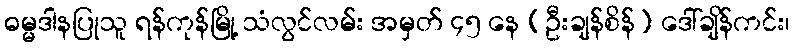
ဓမ္မဒါနပြုသူ ရန်ကုန်မြို့ သံလွင်လမ်း အမှတ် ၄၅ နေ (ဦးချန်စိန်) ဒေါ်ချိန်ကင်း၊